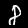
Digit: 8